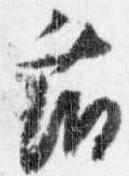
藤